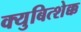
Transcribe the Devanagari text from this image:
क्युबित्शेक्क